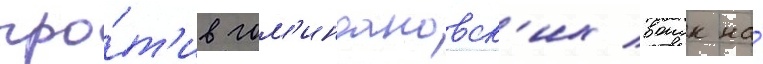
про́т'ив гом'индановск'их воиск на́